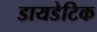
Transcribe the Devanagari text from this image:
डायडेटिक